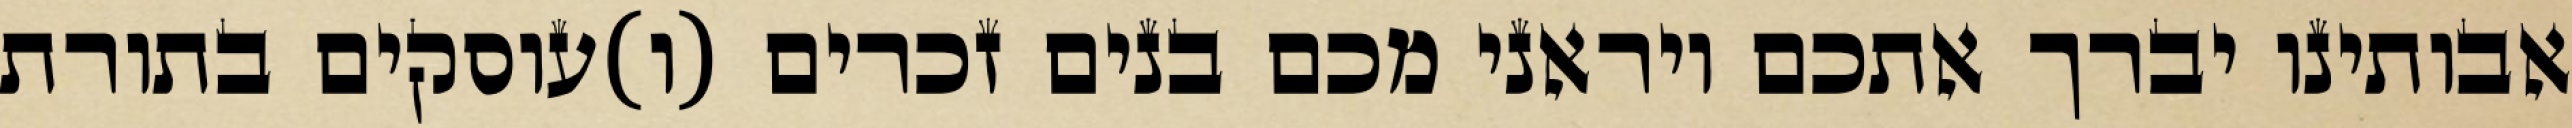
אבותינו יברך אתכם ויראני מכם בנים זכרים (ו)עוסקים בתורת